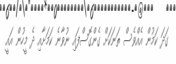
ގަދަ ކަމުން އެއްވެސް ތަނަކަށް ގެންގޮސްފައި ނުވާނެ ކަމަށާއި ދެ މީހުން އައީ